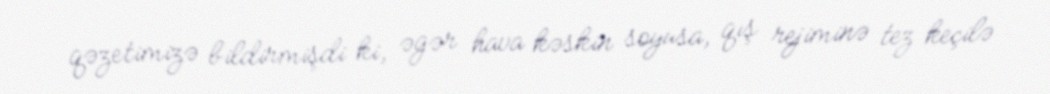
qəzetimizə bildirmişdi ki, əgər hava kəskin soyusa, qış rejiminə tez keçilə